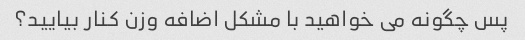
پس چگونه می خواهید با مشکل اضافه وزن کنار بیایید؟